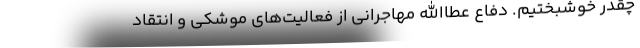
چقدر خوشبختیم. دفاع عطاالله مهاجرانی از فعالیت‌های موشکی و انتقاد